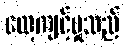
လေ့ကျင့်မှုသည်